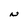
Character: N